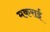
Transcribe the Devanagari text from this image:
मकराई